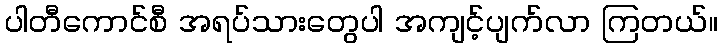
ပါတီကောင်စီ အရပ်သားတွေပါ အကျင့်ပျက်လာ ကြတယ်။